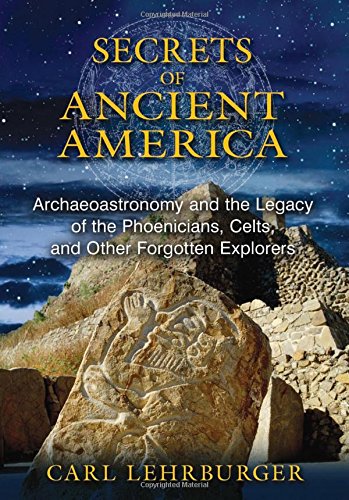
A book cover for Secrets of Ancient America: Archaeoastronomy and the Legacy of the Phoenicians, Celts, and Other Forgotten Explorers; Carl Lehrburger; Religion & Spirituality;